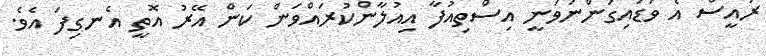
ރައީސް އެ ވަޑައިގަންނަވަނީ އިސްތިއުފާ އިއުލާންކުރައްވަން ކަން އޭރު އޮތީ އެނގިފަ އެވެ.